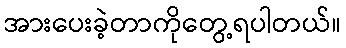
အားပေးခဲ့တာကိုတွေ့ရပါတယ်။